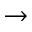
\rightarrow